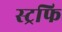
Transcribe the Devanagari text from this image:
स्ट्रफि